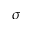
\sigma